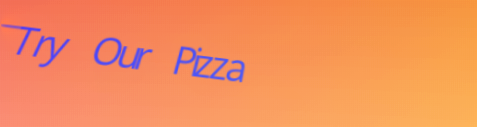
Try Our Pizza